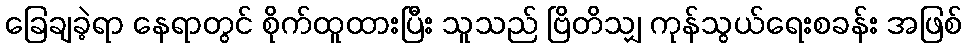
ခြေချခဲ့ရာ နေရာတွင် စိုက်ထူထားပြီး သူသည် ဗြိတိသျှ ကုန်သွယ်ရေးစခန်း အဖြစ်